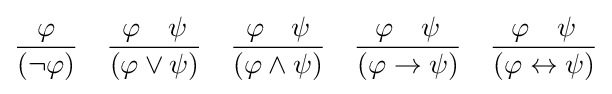
{\frac {\varphi }{(\neg \varphi )}}\quad {\frac {\varphi \quad \psi }{(\varphi \lor \psi )}}\quad {\frac {\varphi \quad \psi }{(\varphi \land \psi )}}\quad {\frac {\varphi \quad \psi }{(\varphi \rightarrow \psi )}}\quad {\frac {\varphi \quad \psi }{(\varphi \leftrightarrow \psi )}}